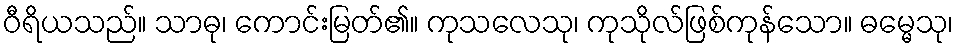
ဝီရိယသည်။ သာဓု၊ ကောင်းမြတ်၏။ ကုသလေသု၊ ကုသိုလ်ဖြစ်ကုန်သော။ ဓမ္မေသု၊